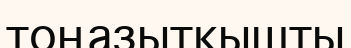
тоңазытқышты